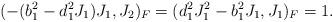
LaTeX: \begin{align*} (-(b_1^2 - d_1^2 J_1) J_1, J_2)_F = (d_1^2 J_1^2 - b_1^2 J_1, J_1)_F = 1.\end{align*}